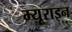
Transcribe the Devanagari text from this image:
म्यूराइन